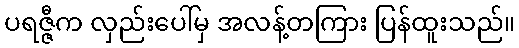
ပရဇ္ဇီက လှည်းပေါ်မှ အလန့်တကြား ပြန်ထူးသည်။